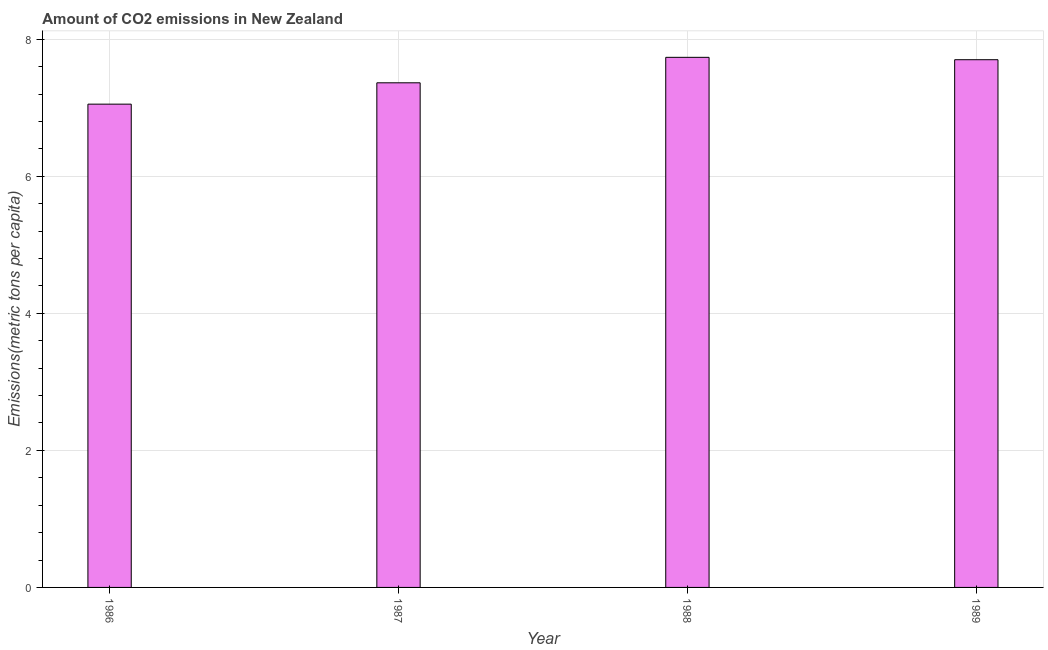
| Year | CO2 emissions |
 | --- | --- |
 | 1986 | 7.05 |
 | 1987 | 7.36 |
 | 1988 | 7.74 |
 | 1989 | 7.7 |